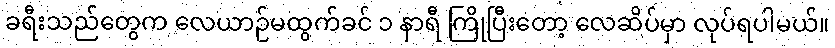
ခရီးသည်တွေက လေယာဉ်မထွက်ခင် ၁ နာရီ ကြိုပြီးတော့ လေဆိပ်မှာ လုပ်ရပါမယ်။